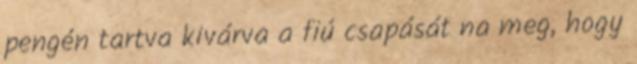
pengén tartva kivárva a fiú csapását na meg, hogy